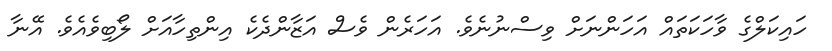
ހައިކަލްގެ ވާހަކަތައް އަހަންނަށް ވިސްނުނެވެ. އަހަރެން ވެސް އަޒާންދެކެ އިންތިހާއަށް ލޯބިވެއެވެ. އޭނާ